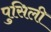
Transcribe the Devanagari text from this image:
पुसिली